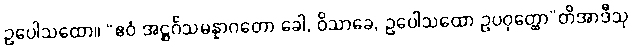
ဥပေါသထော။ “ဧဝံ အဋ္ဌင်္ဂသမန္နာဂတော ခေါ, ဝိသာခေ, ဥပေါသထော ဥပဝုတ္ထော”တိအာဒီသု